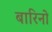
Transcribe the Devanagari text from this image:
बारिनो